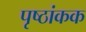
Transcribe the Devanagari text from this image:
पृष्ठांकक